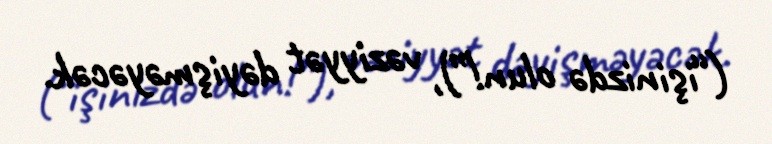
(“işinizdə olun!”), vəziyyət dəyişməyəcək.